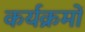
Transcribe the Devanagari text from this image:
कर्यक्रमों